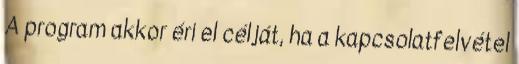
A program akkor éri el célját, ha a kapcsolatfelvétel